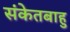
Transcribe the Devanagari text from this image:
संकेतबाहु